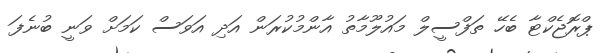
ޕްރޮޖެކްޓާ ބެހޭ ތަފްސީލް މައުލޫމާތު އާންމުކުރަން އަދި އަވަސް ކަމަށް ވަނީ ބުނެފަ